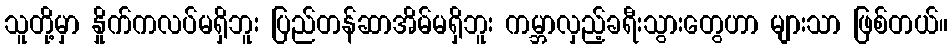
သူတို့မှာ နှိုက်ကလပ်မရှိဘူး ပြည်တန်ဆာအိမ်မရှိဘူး ကမ္ဘာလှည့်ခရီးသွားတွေဟာ များသာ ဖြစ်တယ်။